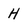
Character: H